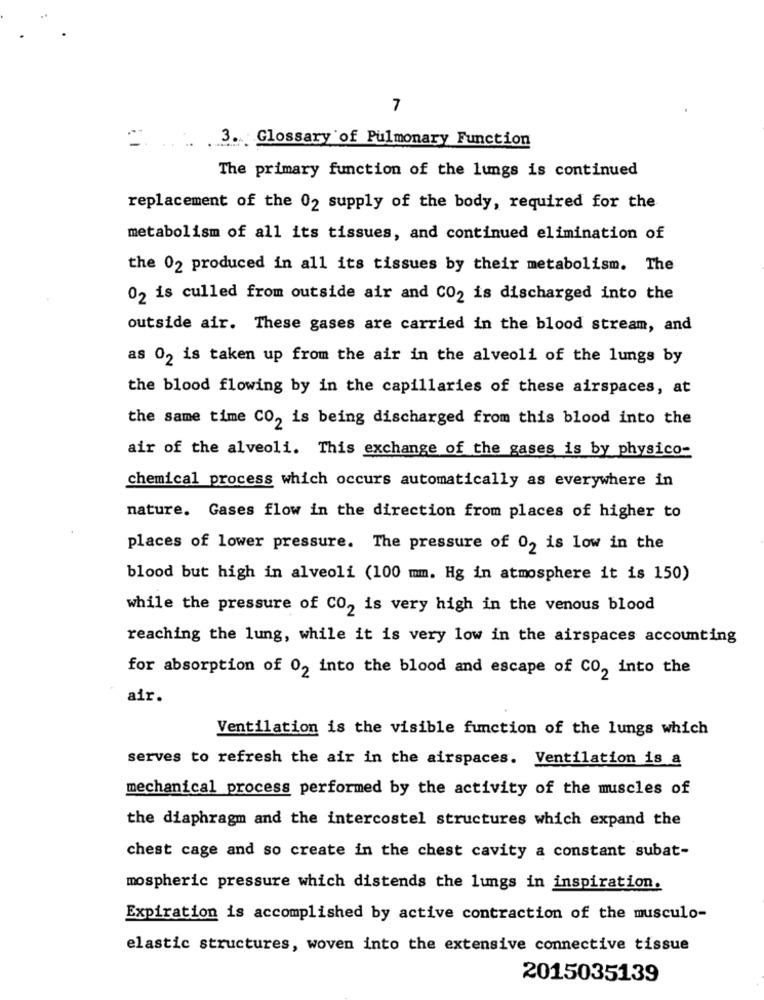
7
3.Glossary of Pulmonary Function
The primary function of the lungs is continued
replacement of the 02 supply of the body, required for the
metabolism of all its tissues, and continued elimination of
the 02 produced in all its tissues by their metabolism. The
02 is culled from outside air and CO2 is discharged into the
outside air. These gases are carried in the blood stream, and
as 02 is taken up from the air in the alveoli of the lungs by
the blood flowing by in the capillaries of these airspaces, at
the same time CO, is being discharged from this blood into the
air of the alveoli. This exchange of the gases is by physico-
chemical process which occurs automatically as everywhere in
nature. Gases flow in the direction from places of higher to
places of lower pressure. The pressure of 0, is low in the
blood but high in alveoli (100 mm. Hg in atmosphere it is 150)
while the pressure of CO2 is very high in the venous blood
reaching the lung, while it is very low in the airspaces accounting
for absorption of 02 into the blood and escape of CO, into the
air.
Ventilation is the visible function of the lungs which
serves to refresh the air in the airspaces. Ventilation is a
mechanical process performed by the activity of the muscles of
the diaphragm and the intercostel structures which expand the
chest cage and so create in the chest cavity a constant subat-
mospheric pressure which distends the lungs in inspiration.
Expiration is accomplished by active contraction of the musculo-
elastic structures, woven into the extensive connective tissue
2015035139